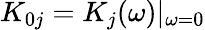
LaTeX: K_{0j}=K_{j}(\omega)|_{\omega=0}